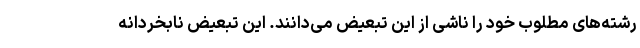
رشته‌های مطلوب خود را ناشی از این تبعیض می‌دانند. این تبعیض نابخردانه